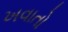
ખવાતો